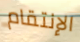
الإنتقام